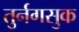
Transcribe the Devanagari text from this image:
तुर्नगसुक